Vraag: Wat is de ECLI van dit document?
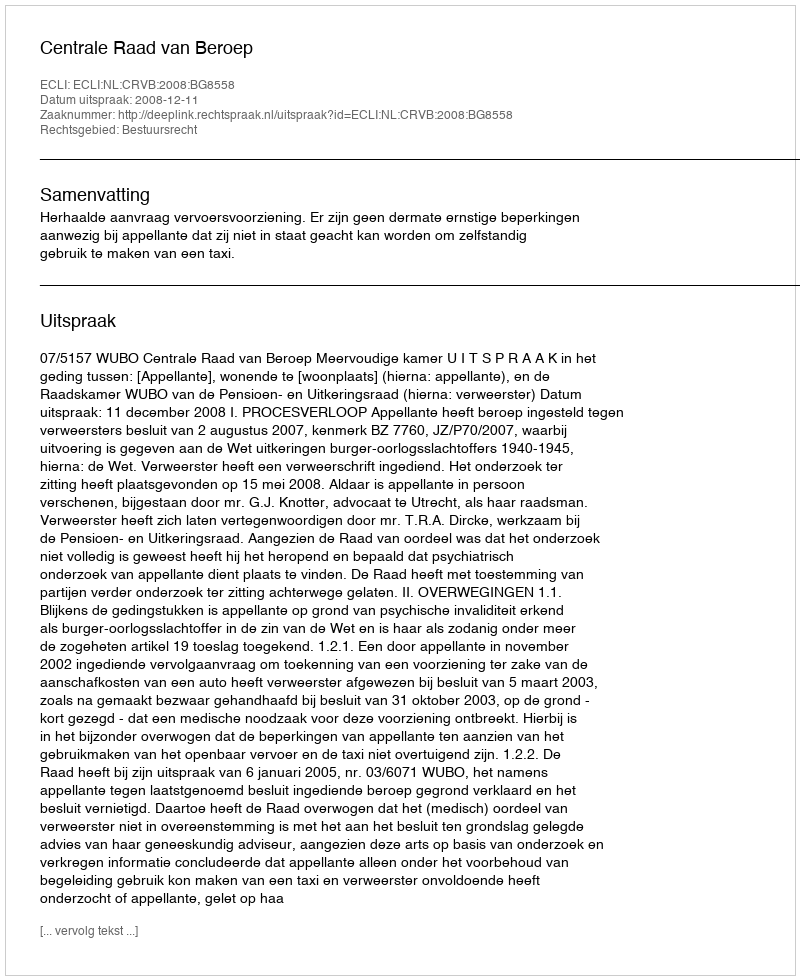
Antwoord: ECLI:NL:CRVB:2008:BG8558